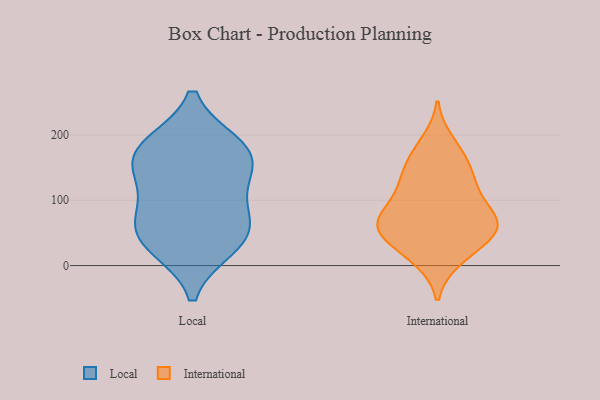
{"axis": {"x": "Operating Costs (USD K)", "y": "Value"}, "legend": ["International", "Local"], "data": [{"x": "", "y": 184, "type": "Local"}, {"x": "", "y": 52, "type": "Local"}, {"x": "", "y": 136, "type": "Local"}, {"x": "", "y": 70, "type": "Local"}, {"x": "", "y": 35, "type": "Local"}, {"x": "", "y": 181, "type": "Local"}, {"x": "", "y": 173, "type": "Local"}, {"x": "", "y": 90, "type": "Local"}, {"x": "", "y": 29, "type": "Local"}, {"x": "", "y": 148, "type": "Local"}, {"x": "", "y": 10, "type": "International"}, {"x": "", "y": 34, "type": "International"}, {"x": "", "y": 189, "type": "International"}, {"x": "", "y": 64, "type": "International"}, {"x": "", "y": 57, "type": "International"}, {"x": "", "y": 77, "type": "International"}, {"x": "", "y": 11, "type": "International"}, {"x": "", "y": 124, "type": "International"}, {"x": "", "y": 95, "type": "International"}, {"x": "", "y": 55, "type": "International"}, {"x": "", "y": 58, "type": "International"}, {"x": "", "y": 144, "type": "International"}, {"x": "", "y": 155, "type": "International"}, {"x": "", "y": 74, "type": "International"}, {"x": "", "y": 62, "type": "International"}, {"x": "", "y": 175, "type": "International"}, {"x": "", "y": 46, "type": "International"}, {"x": "", "y": 109, "type": "International"}, {"x": "", "y": 132, "type": "International"}]}